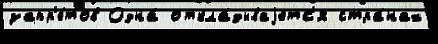
запр'е́тов Одна́ откла́дываjетс'я стра́нах